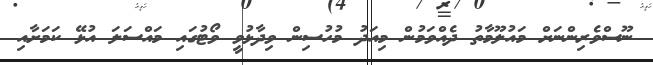
ނޫސްވެރިންނަށް މައުލޫމާތު ދެއްވަމުން މިއަދު މުހުސިން ވިދާޅުވީ ވޯޓުގައި މައްސަލަ އުޅޭ ކަމަށާއި